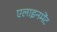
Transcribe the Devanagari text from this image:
एलाइनमेंट